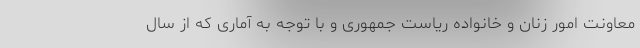
معاونت امور زنان و خانواده ریاست جمهوری و با توجه به آماری که از سال